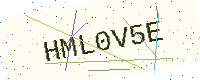
Text: HML0V5E